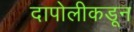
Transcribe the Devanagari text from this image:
दापोलीकडून